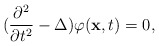
\begin{align*}(\frac {\partial ^{2}}{\partial t^{2}}-\Delta )\varphi (\hbox {\bf x},t)=0,\end{align*}